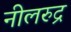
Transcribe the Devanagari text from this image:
नीलरुद्र